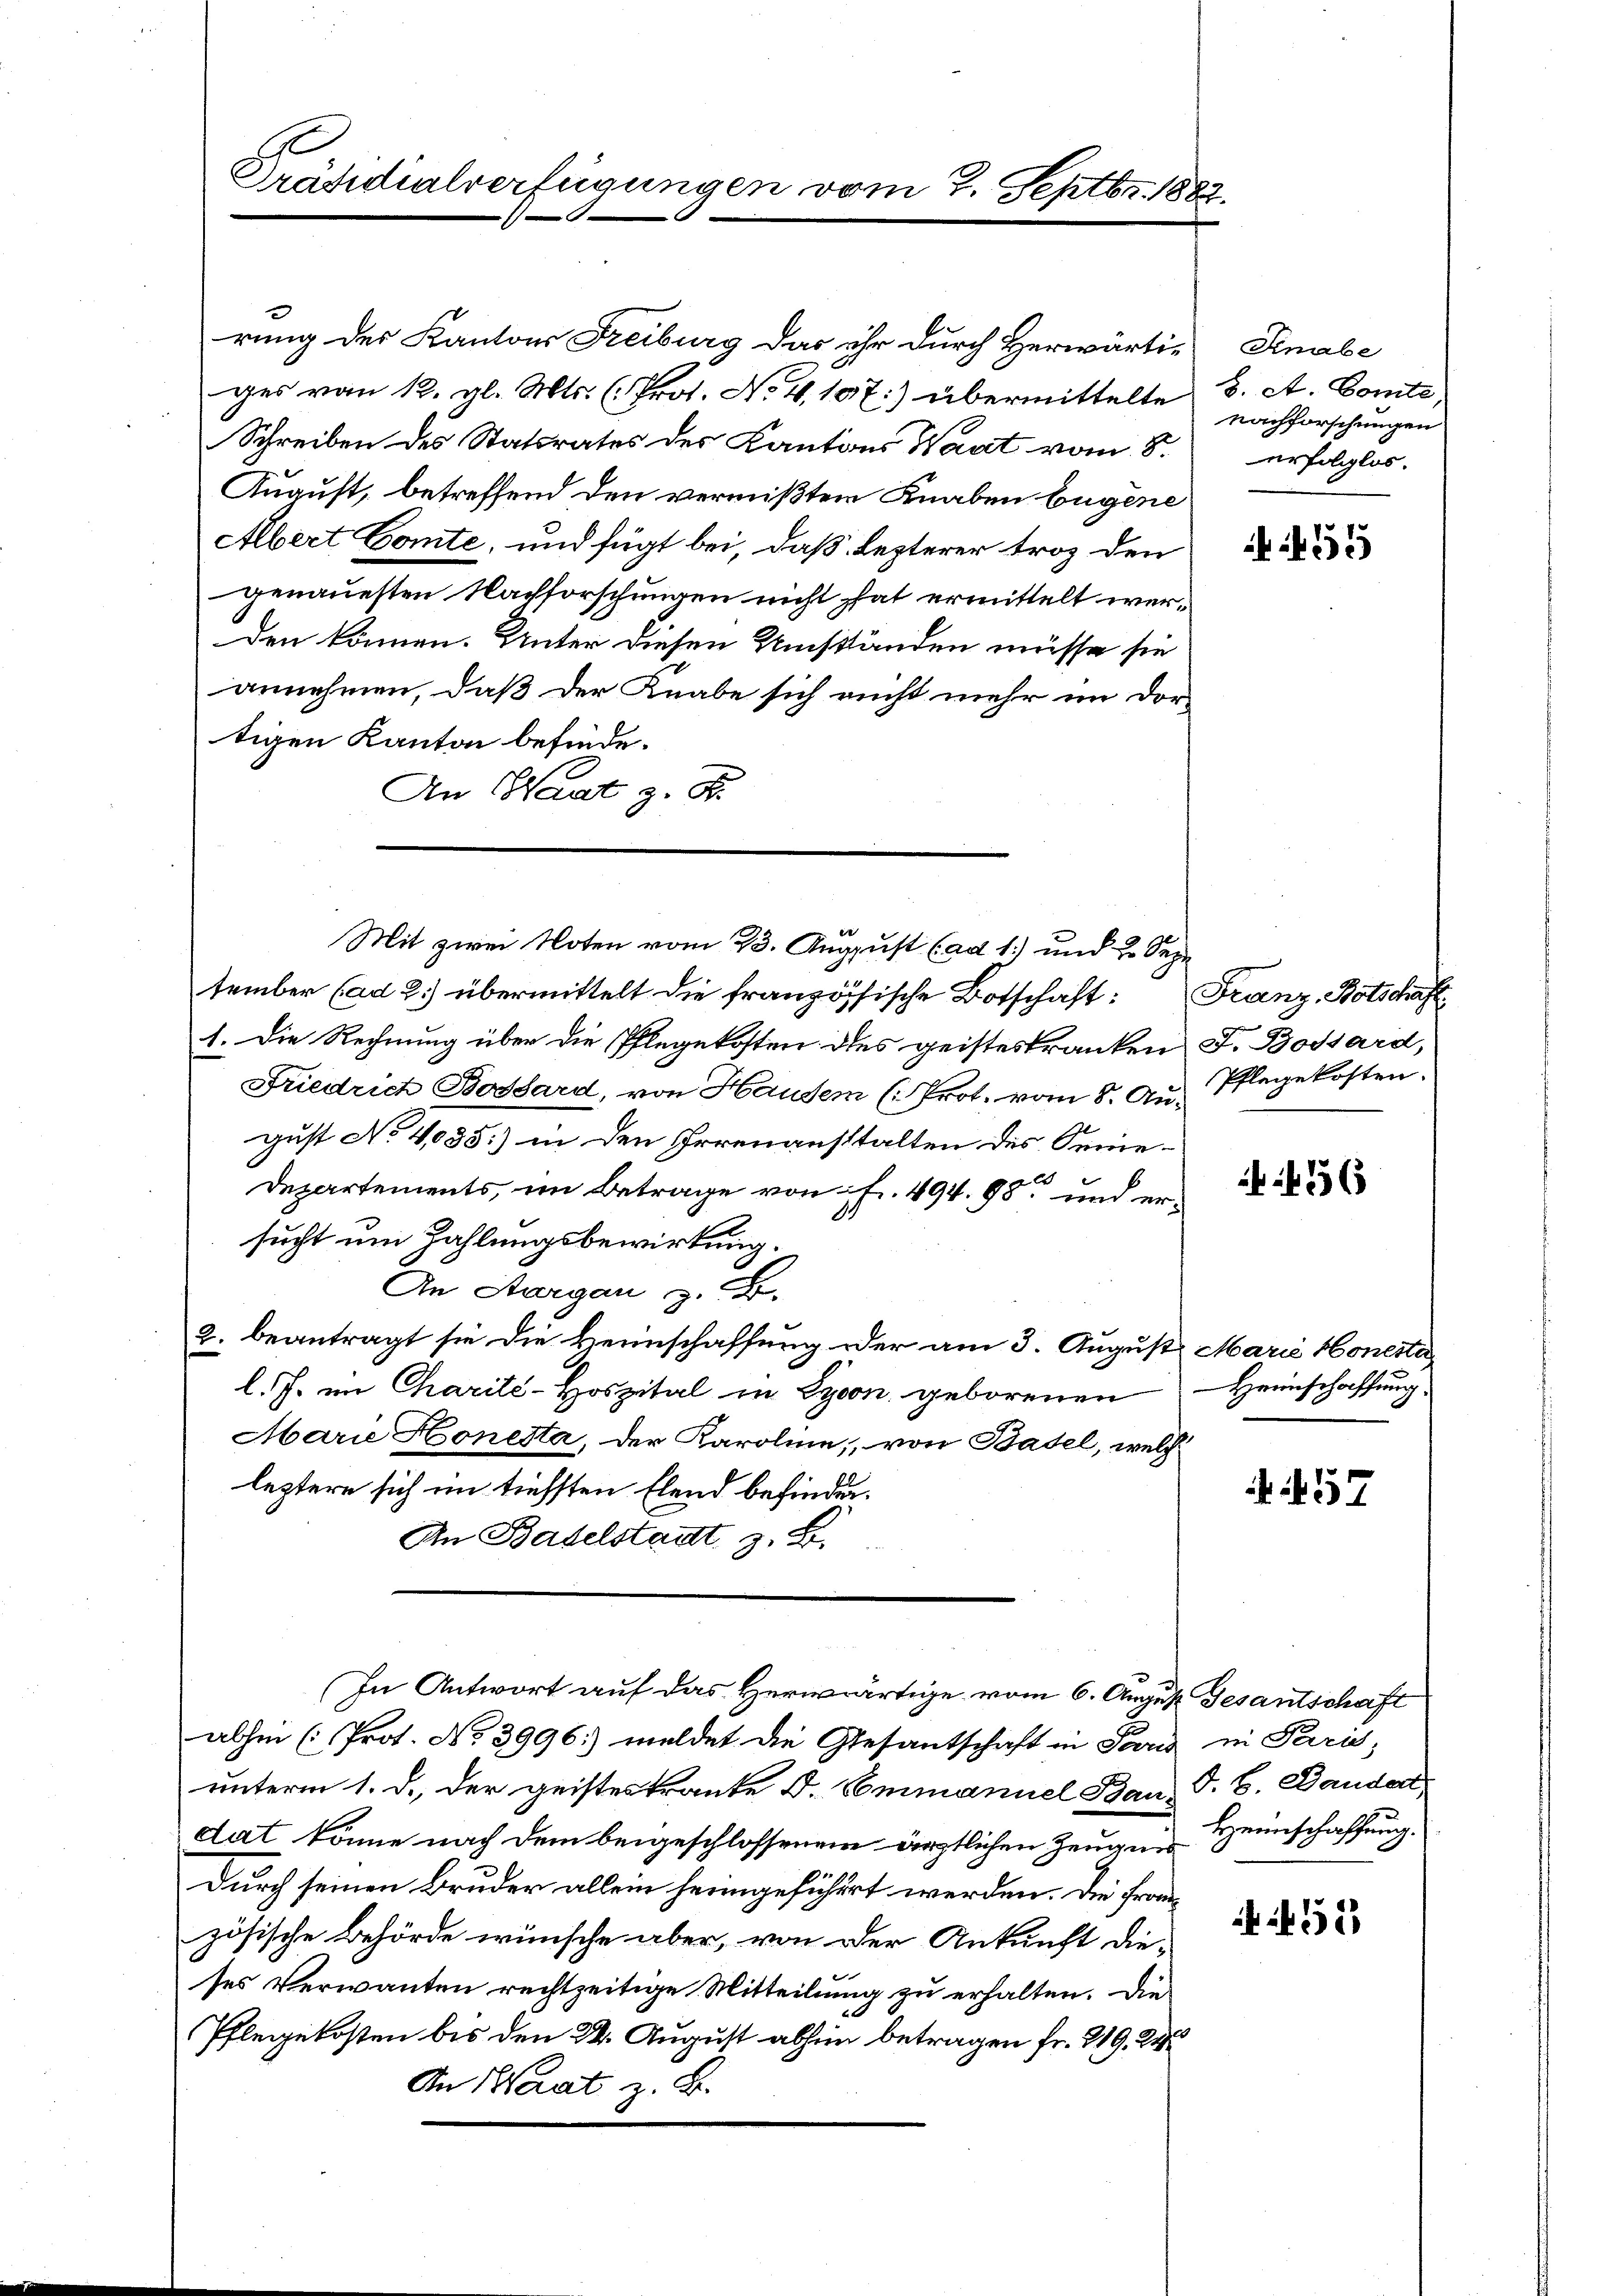
Präsidialverfügungen vom 7. Septbr. 1882.

rung des Kantons Freiburg das ihr durch Herwärtiges von 12. gl. Mts. (Prot. No. 4.107:) übermittelte 3. A. Comte,
Schreiben des Statsrates des Kantons Waat vom 8.
August, betreffend den vermißten Knaben beigene
Albert Comte, und fügt bei, daß lezterer trop den
genauesten Nachforschungen nicht hat ermittelt werden können. Unter diesen Umständen müsse sie
annehmen, daß der Knabe sich nicht mehr im Dor-
tigen Kanton befinde.
An Waadt z. B.
tember (ad 2.) übermittelt die französische Botschaft:
1. Die Rechnung über die Pflegekosten des geisteskranken F. Bossard,
Friedrich Bossard, von Hausen (Prot. vom 8. An Pflegekosten.
gust No 4085:) in den Irrenausstalten des Senie¬
Departements, im Betrage von fr. 494. 98 und er¬

sucht um Zahlungsbewirkung.
An Aargau z. B.
2. beantragt sie die Heimschaffung der am 3. August Marie Honesti
l. J. im Charilé-Hospital in Lyon geborenen
Marie Honesta, der Karoline, von Basel, welche
leztere sich im tiefsten Elend befinden.
An Baselstadt z. B.
In Antwort auf das Herwärtige vom 6. August Gesantschaft
abhin (Prot. No 3996: meldet die Gesantschaft in Paris in Paris;
unterm 1. d. der geisteskranke D. Commanuel Bau, P. B. Bauder
dat könne nach dem beigeschlossenem ärztlichen Zeugen Heimschaffung.
Durch seinen Bruder allein heimgeführt werden. Die Frauzösische Behörde wünsche aber, von der Ankunft dieses Verwanten rechtzeitige Mitteilung zu erhalten. Die
Pflegekosten bis den 24. August abhin betragen fr. 219. 24
An Saat z. B.

Mit zwei Noten vom 23. August (ad 1.) und 2. Sepe

Sinabe
nachforschungen
erfolglos.

5

Franz, Botschaft.
9

456

Heimschaffung.

57

452